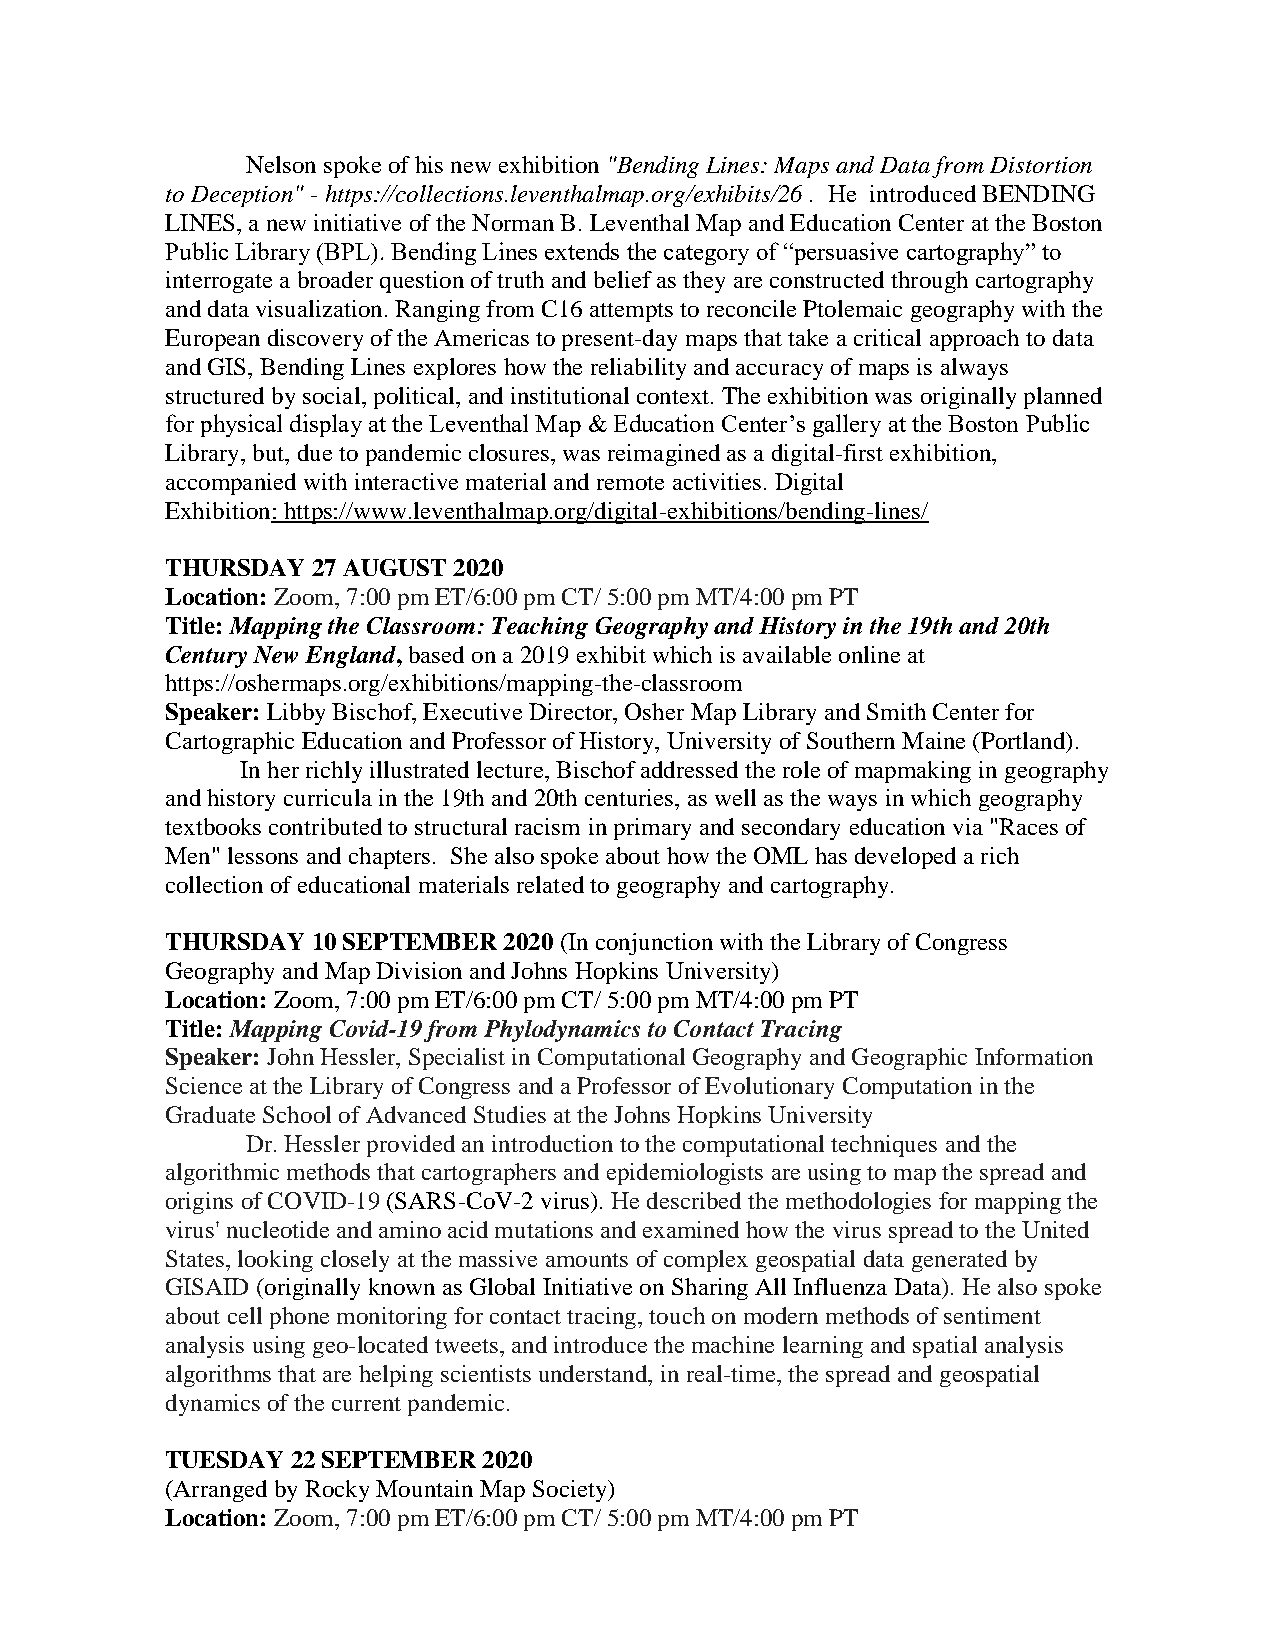
Nelson spoke of his new exhibition "Bending Lines: Maps and Data from Distortion
 to Deception" - https://collections.leventhalmap.org/exhibits/26 . He introduced BENDING
 LINES, a new initiative of the Norman B. Leventhal Map and Education Center at the Boston
 Public Library (BPL). Bending Lines extends the category of “persuasive cartography” to
 interrogate a broader question of truth and belief as they are constructed through cartography
 and data visualization. Ranging from C16 attempts to reconcile Ptolemaic geography with the
 European discovery of the Americas to present-day maps that take a critical approach to data
 and GIS, Bending Lines explores how the reliability and accuracy of maps is always
 structured by social, political, and institutional context. The exhibition was originally planned
 for physical display at the Leventhal Map & Education Center’s gallery at the Boston Public
 Library, but, due to pandemic closures, was reimagined as a digital-first exhibition,
 accompanied with interactive material and remote activities. Digital
 Exhibition: https://www.leventhalmap.org/digital-exhibitions/bending-lines/
 THURSDAY  27 AUGUST 2020
 Location: Zoom, 7:00 pm ET/6:00 pm CT/ 5:00 pm MT/4:00 pm PT
 Title: Mapping the Classroom: Teaching Geography and History in the 19th and 20th
 Century New England, based on a 2019 exhibit which is available online at
 https://oshermaps.org/exhibitions/mapping-the-classroom
 Speaker: Libby Bischof, Executive Director, Osher Map Library and Smith Center for
 Cartographic Education and Professor of History, University of Southern Maine (Portland).
 In her richly illustrated lecture, Bischof addressed the role of mapmaking in geography
 and history curricula in the 19th and 20th centuries, as well as the ways in which geography
 textbooks contributed to structural racism in primary and secondary education via "Races of
 Men" lessons and chapters. She also spoke about how the OML has developed a rich
 collection of educational materials related to geography and cartography.
 THURSDAY  10 SEPTEMBER 2020 (In conjunction with the Library of Congress
 Geography and Map Division and Johns Hopkins University)
 Location: Zoom, 7:00 pm ET/6:00 pm CT/ 5:00 pm MT/4:00 pm PT
 Title: Mapping Covid-19 from Phylodynamics to Contact Tracing
 Speaker: John Hessler, Specialist in Computational Geography and Geographic Information
 Science at the Library of Congress and a Professor of Evolutionary Computation in the
 Graduate School of Advanced Studies at the Johns Hopkins University
 Dr. Hessler provided an introduction to the computational techniques and the
 algorithmic methods that cartographers and epidemiologists are using to map the spread and
 origins of COVID-19 (SARS-CoV-2 virus). He described the methodologies for mapping the
 virus' nucleotide and amino acid mutations and examined how the virus spread to the United
 States, looking closely at the massive amounts of complex geospatial data generated by
 GISAID (originally known as Global Initiative on Sharing All Influenza Data). He also spoke
 about cell phone monitoring for contact tracing, touch on modern methods of sentiment
 analysis using geo-located tweets, and introduce the machine learning and spatial analysis
 algorithms that are helping scientists understand, in real-time, the spread and geospatial
 dynamics of the current pandemic.
 TUESDAY 22 SEPTEMBER 2020
 (Arranged by Rocky Mountain Map Society)
 Location: Zoom, 7:00 pm ET/6:00 pm CT/ 5:00 pm MT/4:00 pm PT